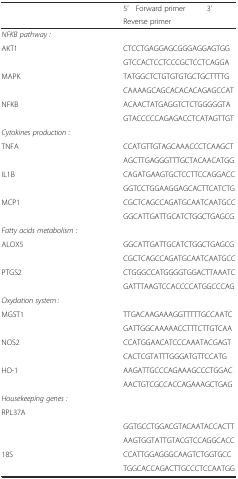
<table><thead><tr><td></td><td><b>5’ Forward primer 3’</b></td></tr><tr><td></td><td><b>Reverse primer</b></td></tr></thead><tbody><tr><td><i>NFKB pathway :</i></td><td></td></tr><tr><td>AKT1</td><td>CTCCTGAGGAGCGGGAGGAGTGG</td></tr><tr><td></td><td>GTCCACTCCTCCCGCTCCTCAGGA</td></tr><tr><td>MAPK</td><td>TATGGCTCTGTGTGTGCTGCTTTTG</td></tr><tr><td></td><td>CAAAAGCAGCACACACAGAGCCAT</td></tr><tr><td>NFKB</td><td>ACAACTATGAGGTCTCTGGGGGTA</td></tr><tr><td></td><td>GTACCCCCAGAGACCTCATAGTTGT</td></tr><tr><td><i>Cytokines production :</i></td><td></td></tr><tr><td>TNFA</td><td>CCATGTTGTAGCAAACCCTCAAGCT</td></tr><tr><td></td><td>AGCTTGAGGGTTTGCTACAACATGG</td></tr><tr><td>IL1Β</td><td>CAGATGAAGTGCTCCTTCCAGGACC</td></tr><tr><td></td><td>GGTCCTGGAAGGAGCACTTCATCTG</td></tr><tr><td>MCP1</td><td>CGCTCAGCCAGATGCAATCAATGCC</td></tr><tr><td></td><td>GGCATTGATTGCATCTGGCTGAGCG</td></tr><tr><td><i>Fatty acids metabolism :</i></td><td></td></tr><tr><td>ALOX5</td><td>GGCATTGATTGCATCTGGCTGAGCG</td></tr><tr><td></td><td>CGCTCAGCCAGATGCAATCAATGCC</td></tr><tr><td>PTGS2</td><td>CTGGGCCATGGGGTGGACTTAAATC</td></tr><tr><td></td><td>GATTTAAGTCCACCCCATGGCCCAG</td></tr><tr><td><i>Oxydation system :</i></td><td></td></tr><tr><td>MGST1</td><td>TTGACAAGAAAGGTTTTTGCCAATC</td></tr><tr><td></td><td>GATTGGCAAAAACCTTTCTTGTCAA</td></tr><tr><td>NOS2</td><td>CCATGGAACATCCCAAATACGAGT</td></tr><tr><td></td><td>CACTCGTATTTGGGATGTTCCATG</td></tr><tr><td>HO-1</td><td>AAGATTGCCCAGAAAGCCCTGGAC</td></tr><tr><td></td><td>AACTGTCGCCACCAGAAAGCTGAG</td></tr><tr><td><i>Housekeeping genes :</i></td><td></td></tr><tr><td>RPL37A</td><td></td></tr><tr><td></td><td>GGTGCCTGGACGTACAATACCACTT</td></tr><tr><td></td><td>AAGTGGTATTGTACGTCCAGGCACC</td></tr><tr><td>18S</td><td>CCATTGGAGGGCAAGTCTGGTGCC</td></tr><tr><td></td><td>TGGCACCAGACTTGCCCTCCAATGG</td></tr></tbody></table>